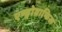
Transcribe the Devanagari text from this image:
एण्ड्रोग्राफिस